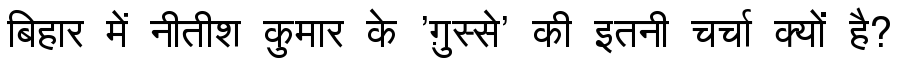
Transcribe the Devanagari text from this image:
बिहार में नीतीश कुमार के 'ग़ुस्से' की इतनी चर्चा क्यों है?